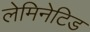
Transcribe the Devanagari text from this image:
लेमिनेटिड